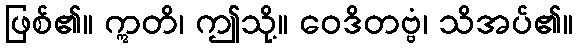
ဖြစ်၏။ ဣတိ၊ ဤသို့။ ဝေဒိတဗ္ဗံ၊ သိအပ်၏။